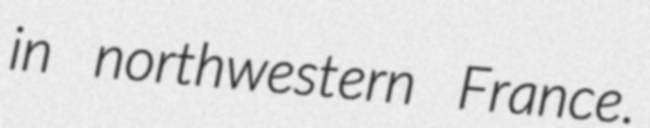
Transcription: in northwestern France.